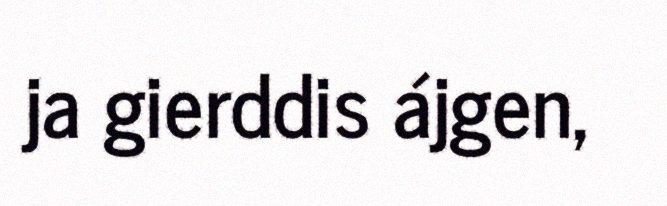
ja gierddis ájgen,